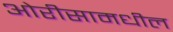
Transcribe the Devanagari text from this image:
ओरीसामधील